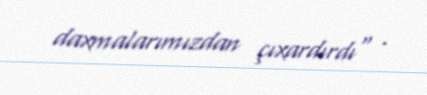
daxmalarımızdan çıxardırdı" .